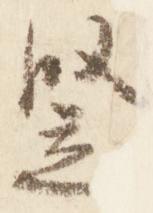
竪